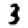
Digit: 3